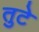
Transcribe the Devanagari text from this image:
तुटे